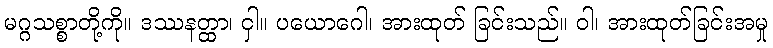
မဂ္ဂသစ္စာတို့ကို။ ဒဿနတ္ထာ၊ ငှါ။ ပယောဂေါ၊ အားထုတ် ခြင်းသည်။ ဝါ၊ အားထုတ်ခြင်းအမှု